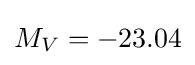
M_{V}=-23.04